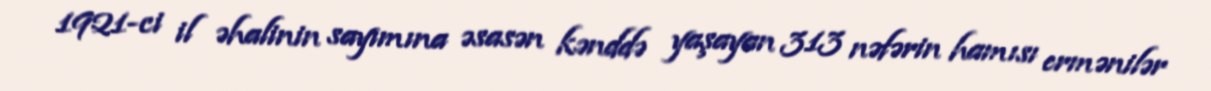
1921-ci il əhalinin sayımına əsasən kənddə yaşayan 313 nəfərin hamısı ermənilər